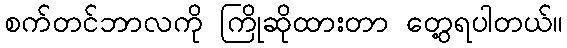
စက်တင်ဘာလကို ကြိုဆိုထားတာ တွေ့ရပါတယ်။